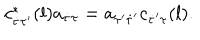
LaTeX: c _ { \dot { \tau } \tau ^ { \prime } } ^ { * } ( l ) a _ { \dot { \tau } \tau } = a _ { \tau ^ { \prime } \dot { \tau } ^ { \prime } } c _ { \dot { \tau } ^ { \prime } \tau } ( l ) .